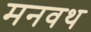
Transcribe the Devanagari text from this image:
मनवथ